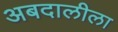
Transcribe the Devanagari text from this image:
अबदालीला